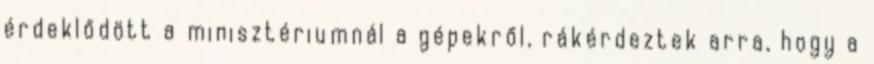
érdeklődött a minisztériumnál a gépekről, rákérdeztek arra, hogy a